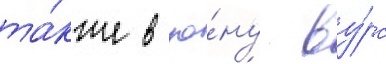
та́кже в зо́ну ву́рс